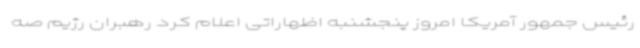
رئیس جمهور آمریکا امروز پنجشنبه اظهاراتی اعلام کرد رهبران رژیم صه